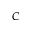
C